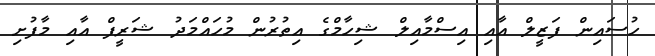
ހުސައިން ފަޒީލް އާއި އިސްމާއިލް ޝިހާމްގެ އިތުރުން މުހައްމަދު ޝަރީފް އާއި މާފުށި